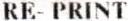
RE-PRINT